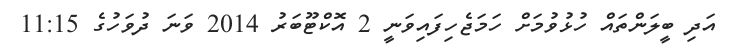
އަދި ބީލަންތައް ހުޅުވުމަށް ހަމަޖެހިފައިވަނީ 2 އޮކްޓޫބަރު 2014 ވަނަ ދުވަހުގެ 11:15